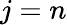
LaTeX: j=n